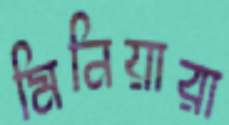
মিনিয়ারা